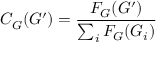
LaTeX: C _ { G } ( G ^ { \prime } ) = { \frac { F _ { G } ( G ^ { \prime } ) } { \sum _ { i } F _ { G } ( G _ { i } ) } }